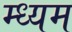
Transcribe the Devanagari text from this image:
म्ध्यम